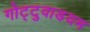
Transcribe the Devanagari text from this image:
गोट्टुवाडयम